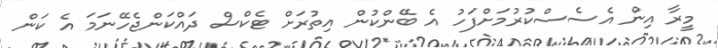
މީރާ އިން އެސެސްކުރުމަށްފަހު އެ ބޭންކުން އިތުރަށް ޓެކްސް ދައްކަންޖެހޭނަމަ އެ ކަން